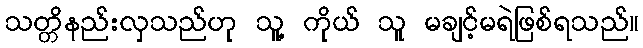
သတ္တိနည်းလှသည်ဟု သူ့ ကိုယ် သူ မချင့်မရဲဖြစ်ရသည်။